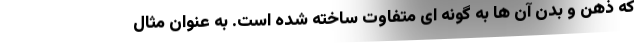
که ذهن و بدن آن ها به گونه ای متفاوت ساخته شده است. به عنوان مثال